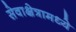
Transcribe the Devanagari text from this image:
सेवाक्षेत्रामध्ये